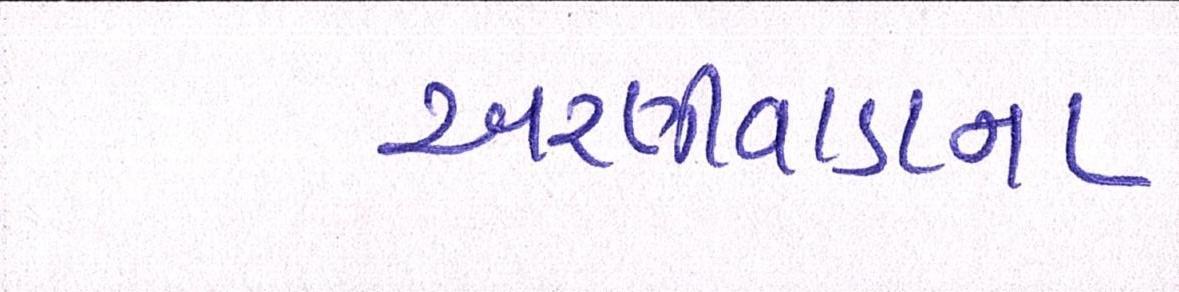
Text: અરણીવાડાના